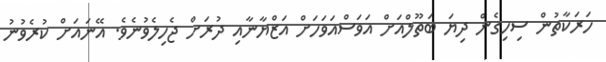
ހަރަކާތުން ސިހިގެން ދިޔަ ބަތޫލްއަށް އަވަސްއަވަހަށް އަޒްޔާނާއި ދުރަށް ޖެހިލެވުނެވެ. އޭނައަށް ކުރެވުނު